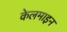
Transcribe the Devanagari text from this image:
केलमाइन